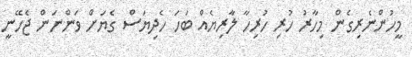
މީހުންނެރިގެން މިހާރު ހުރި ހުރިހާ ލާރިޔެއް ބަހަ ހެދިޔަސް ގެޔަށް ވަންނަން ޖެހޭނީ